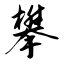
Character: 攀